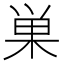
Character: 巣